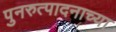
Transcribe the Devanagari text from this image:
पुनरुत्पादनाच्या